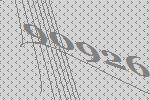
90926